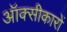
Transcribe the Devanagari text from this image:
ऑक्सीकारों